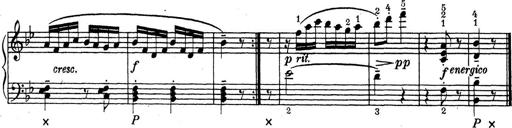
Title: ÄŒeskÃ© Sonatiny
Composer: Various